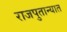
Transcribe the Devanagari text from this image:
राजपुतान्यात